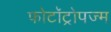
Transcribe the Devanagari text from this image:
फोटॉट्रोपज्म